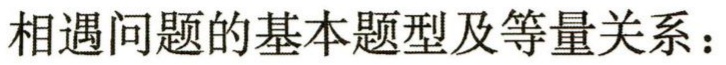
相遇问题的基本题型及等量关系：